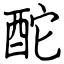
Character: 酡